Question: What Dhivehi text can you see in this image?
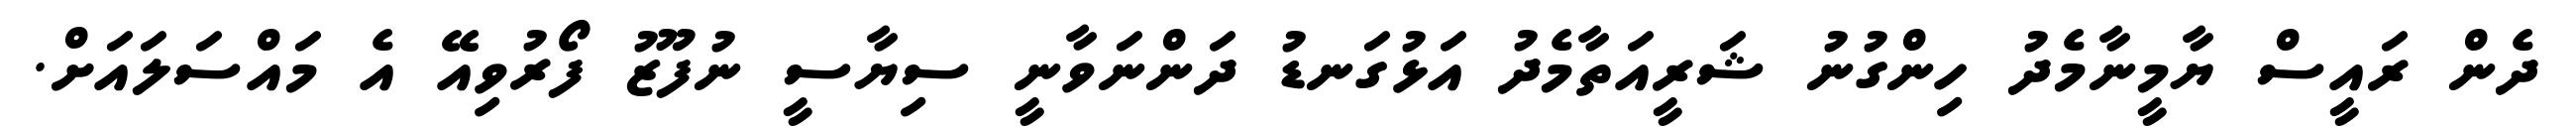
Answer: ދެން ރައީސް ޔާމީނާމެދު ހިންގުނު ޝަރީއަތާމެދު އަޅުގަނޑު ދަންނަވާނީ ސިޔާސީ ނުފޫޒު ފޯރުވިއޭ އެ މައްސަލައަށް.